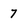
Character: 7